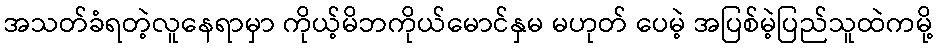
အသတ်ခံရတဲ့လူနေရာမှာ ကိုယ့်မိဘကိုယ်မောင်နှမ မဟုတ် ပေမဲ့ အပြစ်မဲ့ပြည်သူထဲကမို့